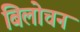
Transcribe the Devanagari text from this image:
बिलोचन